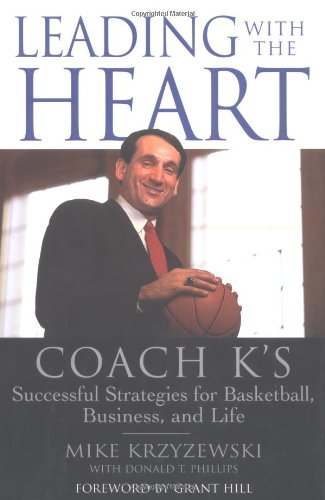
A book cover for Leading with the Heart: Coach K's Successful Strategies for Basketball, Business, and Life; Mike Krzyzewski; Biographies & Memoirs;